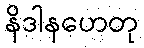
နိဒါနဟေတု